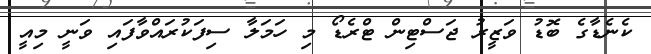
ކެނެޑާގެ ބޮޑު ވަޒީރު ޖަސްޓިން ޓްރެޑޯ މި ހަމަލާ ސިފަކުރައްވާފައި ވަނީ މިއީ